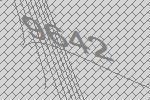
9642